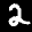
Label: 2